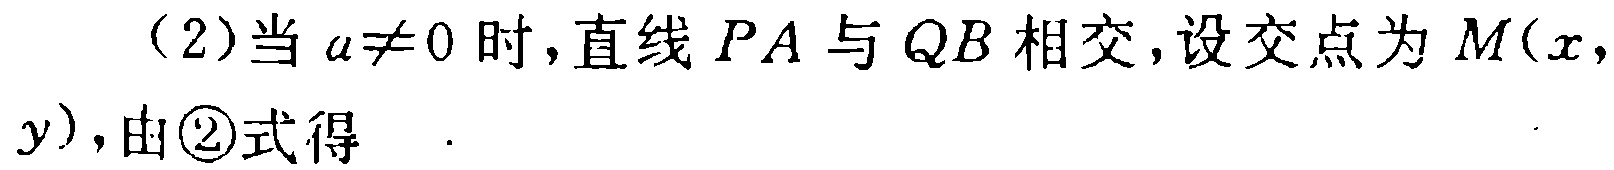
（2）当 \(a\neq0\) 时，直线 \(PA\) 与 \(QB\) 相交，设交点为 \(M(x,y)\)，由\textcircled{2}式得  .